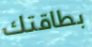
بطاقتك